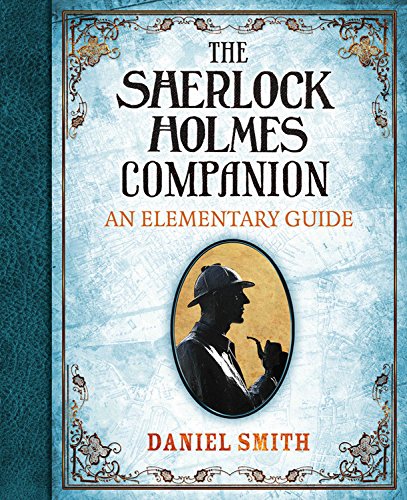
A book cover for The Sherlock Holmes Companion: An Elementary Guide; Daniel Smith; Mystery, Thriller & Suspense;